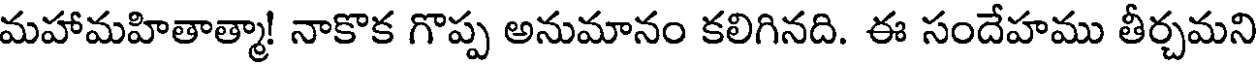
మహామహితాత్మా! నాకొక గొప్ప అనుమానం కలిగినది. ఈ సందేహము తీర్చమని